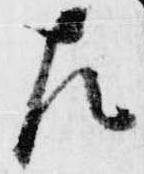
左